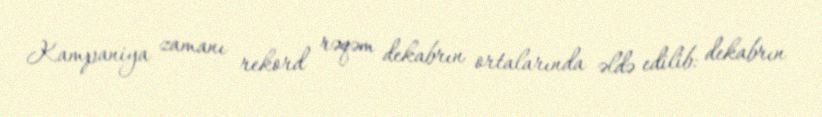
Kampaniya zamanı rekord rəqəm dekabrın ortalarında əldə edilib: dekabrın